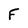
Character: f